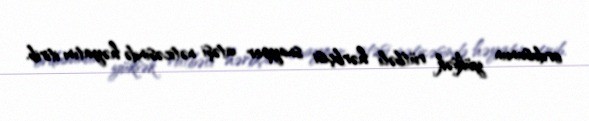
ordusunun yüksək rütbəli hərbçisi snayper atəşi nəticəsində həyatını itirib.